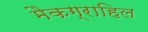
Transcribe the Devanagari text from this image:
मैकग्राहिल